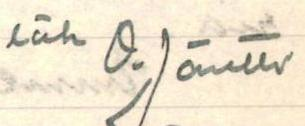
läh O. Jäntti